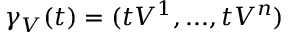
\gamma _ { V } ( t ) = ( t V ^ { 1 } , . . . , t V ^ { n } )